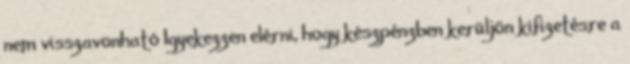
nem visszavonható Igyekezzen elérni, hogy készpénzben kerüljön kifizetésre a